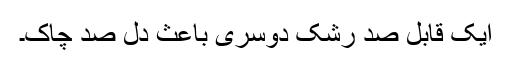
ایک قابلِ صد رشک دوسری باعث دل صد چاک۔